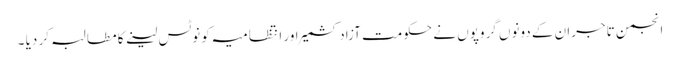
انجمن تاجران کے دونوں گروپوں نے حکومت آزادکشمیر اور انتظامیہ کو نوٹس لینے کا مطالبہ کر دیا ۔